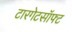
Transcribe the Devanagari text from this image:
टारगेटसॉफ्ट